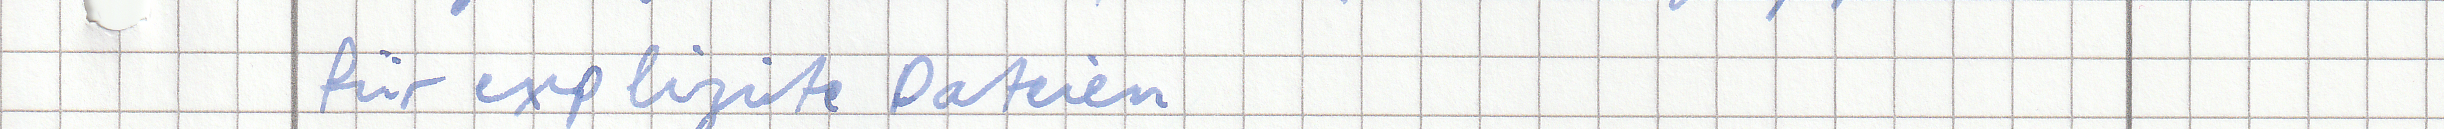
für explizite Dateien